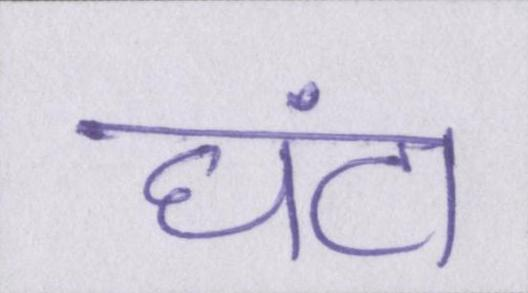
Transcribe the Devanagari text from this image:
घंटा